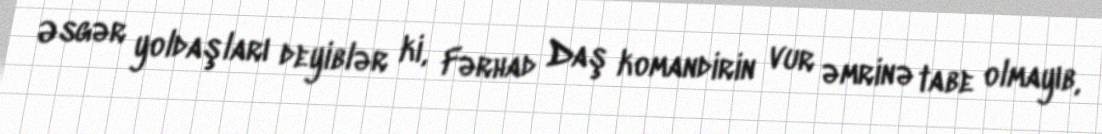
Əsgər yoldaşları deyiblər ki, Fərhad Daş komandirin vur əmrinə tabe olmayıb,